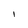
Character: I